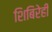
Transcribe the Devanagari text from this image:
शिबिरेही